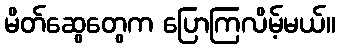
မိတ်ဆွေတွေက ပြောကြလိမ့်မယ်။